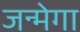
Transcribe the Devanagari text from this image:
जन्मेगा